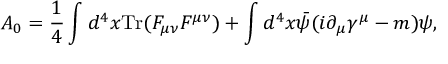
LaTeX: { \cal A } _ { 0 } = \frac { 1 } { 4 } \int d ^ { 4 } x \mathrm { T r } ( F _ { \mu \nu } F ^ { \mu \nu } ) + \int d ^ { 4 } x \bar { \psi } ( i \partial _ { \mu } \gamma ^ { \mu } - m ) \psi ,